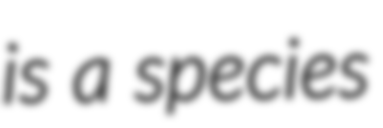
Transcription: is a species